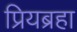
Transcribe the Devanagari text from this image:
प्रियब्रहा